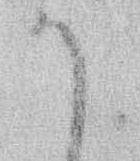
か